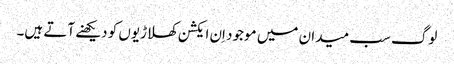
لوگ سب میدان میں موجود اِن ایکشن کھلاڑیوں کو دیکھنے آتے ہیں۔